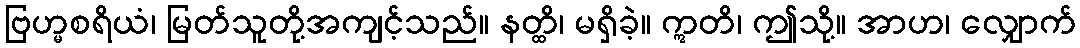
ဗြဟ္မစရိယံ၊ မြတ်သူတို့အကျင့်သည်။ နတ္ထိ၊ မရှိခဲ့။ ဣတိ၊ ဤသို့။ အာဟ၊ လျှောက်